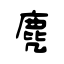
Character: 麂